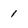
Character: 1